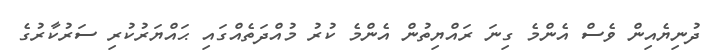
ދުނިޔެއިން ވެސް އެންމެ ގިނަ ރައްޔިތުން އެންމެ ކުރު މުއްދަތެއްގައި ޙައްޔަރުކުރި ސަރުކާރުގެ